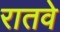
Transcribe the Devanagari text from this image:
रातवे